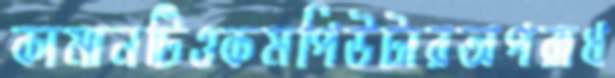
কামানটিওকমপিউটারঅপরাধ